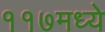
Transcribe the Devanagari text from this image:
११७मध्ये